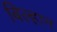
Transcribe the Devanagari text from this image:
बिल्हान